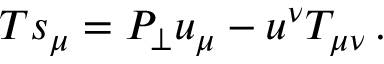
T s _ { \mu } = P _ { \perp } u _ { \mu } - u ^ { \nu } T _ { \mu \nu } \, .